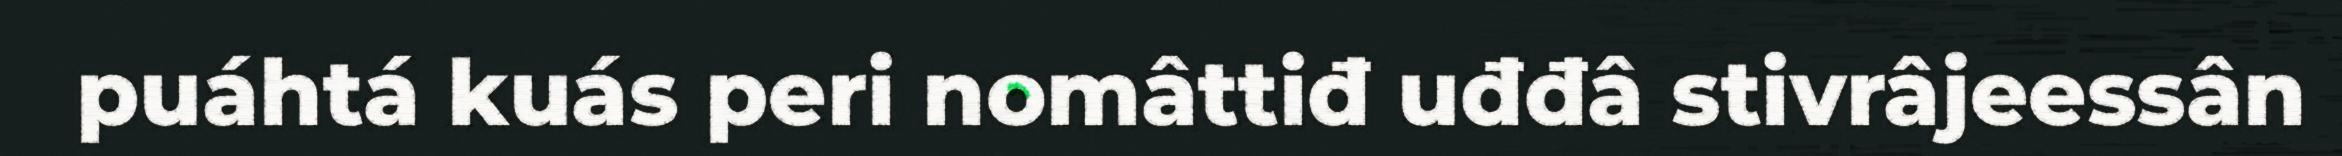
puáhtá kuás peri nomâttiđ uđđâ stivrâjeessân